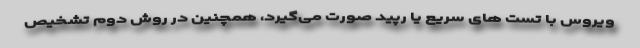
ویروس با تست های سریع یا رپید صورت می‌گیرد، همچنین در روش دوم تشخیص